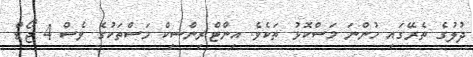
ދުލުގެ ތެރޭގައި ހުންނަ މަސްކޮޅު ތަކެވެ. އިންޓްރިންސިކް މަސްތަކުގެ ވެސް 4 ޖޯޑް